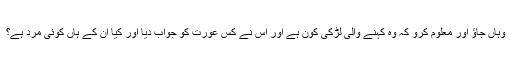
وہاں جاؤ اور معلوم کرو کہ وہ کہنے والی لڑکی کون ہے اور اس نے کس عورت کو جواب دیا اور کیا ان کے ہاں کوئی مرد ہے؟